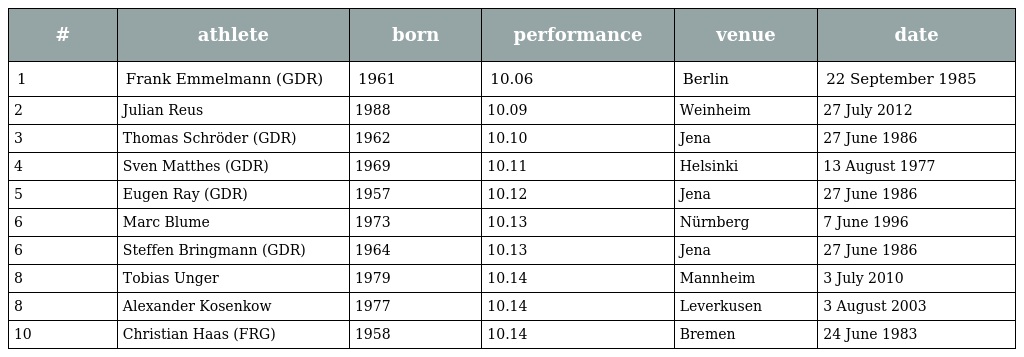
| # | athlete | born | performance | venue | date |
 | --- | --- | --- | --- | --- | --- |
 | 1 | Frank Emmelmann (GDR) | 1961 | 10.06 | Berlin | 22 September 1985 |
 | 2 | Julian Reus | 1988 | 10.09 | Weinheim | 27 July 2012 |
 | 3 | Thomas Schröder (GDR) | 1962 | 10.10 | Jena | 27 June 1986 |
 | 4 | Sven Matthes (GDR) | 1969 | 10.11 | Helsinki | 13 August 1977 |
 | 5 | Eugen Ray (GDR) | 1957 | 10.12 | Jena | 27 June 1986 |
 | 6 | Marc Blume | 1973 | 10.13 | Nürnberg | 7 June 1996 |
 | 6 | Steffen Bringmann (GDR) | 1964 | 10.13 | Jena | 27 June 1986 |
 | 8 | Tobias Unger | 1979 | 10.14 | Mannheim | 3 July 2010 |
 | 8 | Alexander Kosenkow | 1977 | 10.14 | Leverkusen | 3 August 2003 |
 | 10 | Christian Haas (FRG) | 1958 | 10.14 | Bremen | 24 June 1983 |